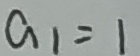
a _ { 1 } = 1